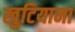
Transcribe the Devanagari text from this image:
खुटियाना